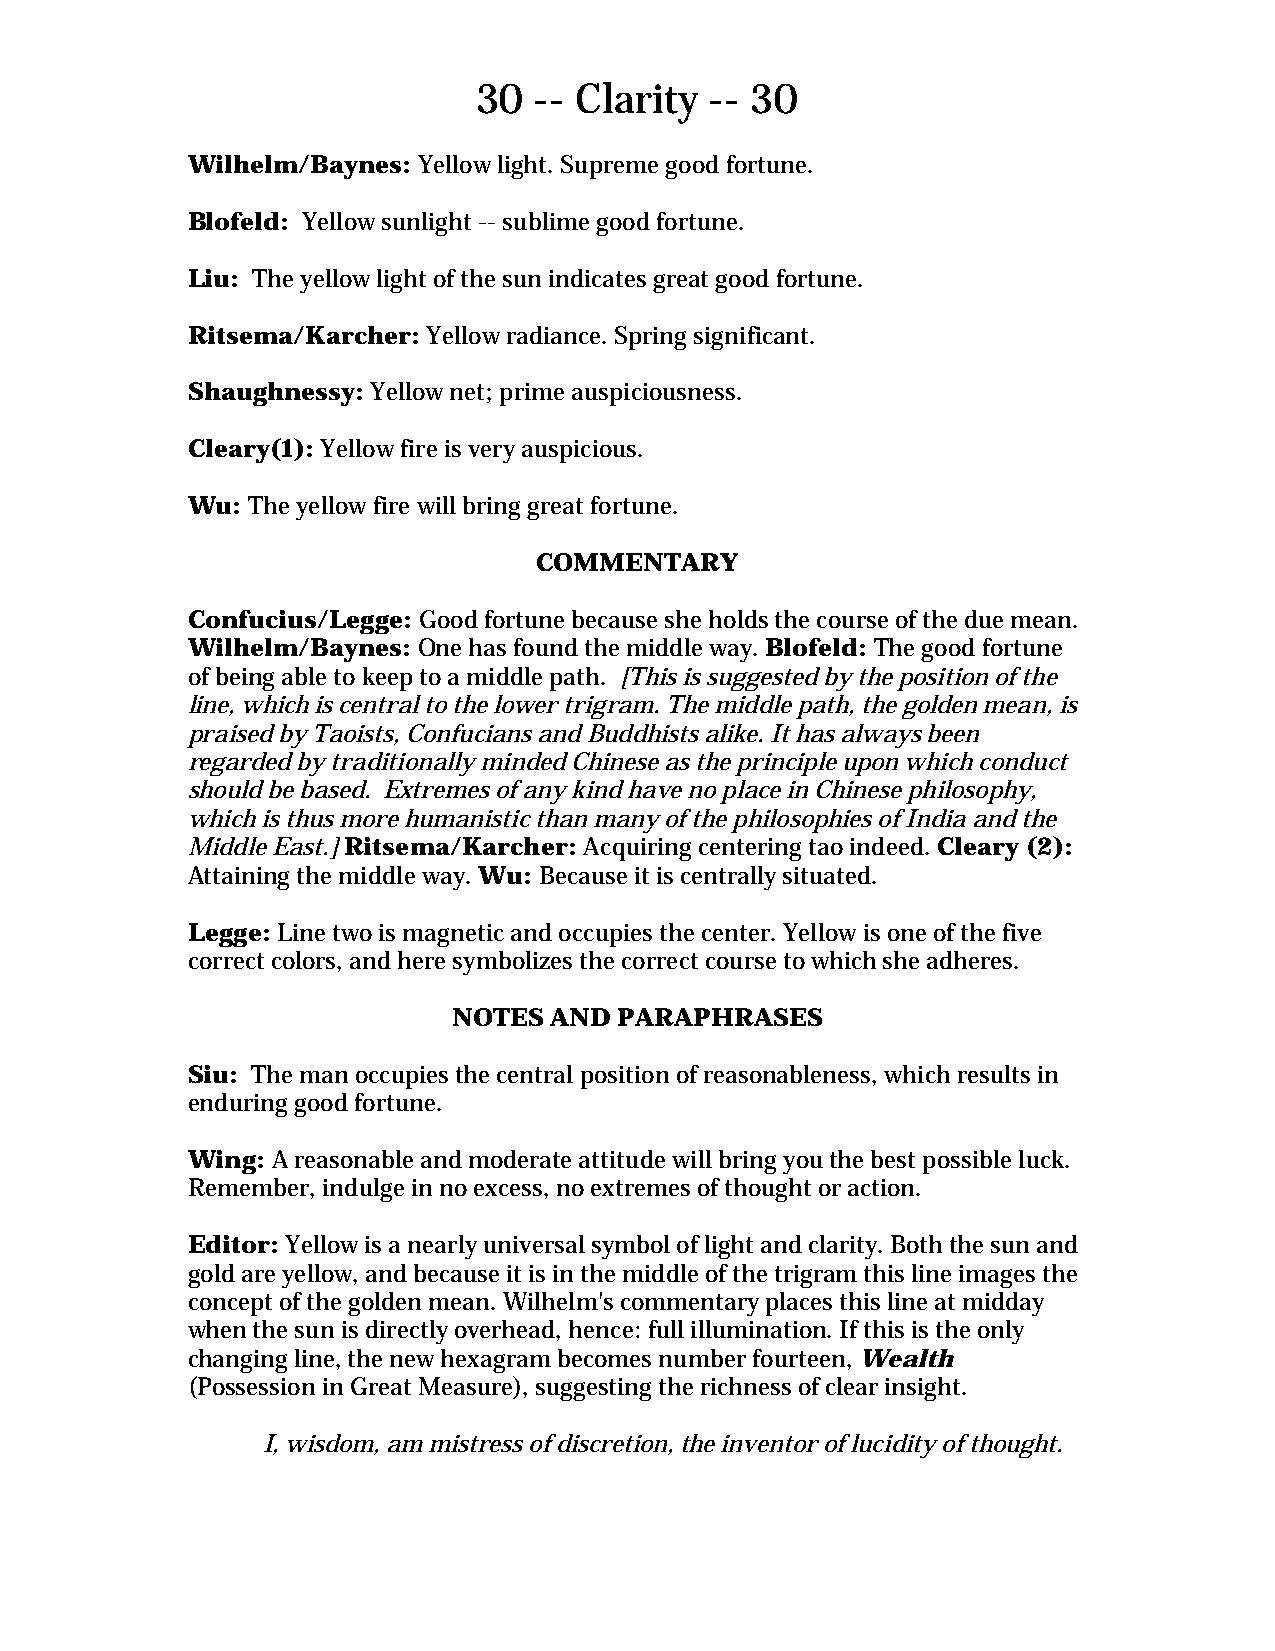
30  -- Clarity  -- 30
 Wilhelm/Baynes: Yellow light. Supreme good fortune.
 Blofeld: Yellow sunlight -- sublime good fortune.
 Liu: The yellow light of the sun indicates great good fortune.
 Ritsema/Karcher: Yellow radiance. Spring significant.
 Shaughnessy: Yellow net; prime auspiciousness.
 Cleary(1): Yellow fire is very auspicious.
 Wu: The yellow fire will bring great fortune.
 COMMENTARY
 Confucius/Legge: Good fortune because she holds the course of the due mean.
 Wilhelm/Baynes: One has found the middle way. Blofeld: The good fortune
 of being able to keep to a middle path. [This is suggested by the position of the
 line, which is central to the lower trigram. The middle path, the golden mean, is
 praised by Taoists, Confucians and Buddhists alike. It has always been
 regarded by traditionally minded Chinese as the principle upon which conduct
 should be based. Extremes of any kind have no place in Chinese philosophy,
 which is thus more humanistic than many of the philosophies of India and the
 Middle East.] Ritsema/Karcher: Acquiring centering tao indeed. Cleary (2):
 Attaining the middle way. Wu: Because it is centrally situated.
 Legge: Line two is magnetic and occupies the center. Yellow is one of the five
 correct colors, and here symbolizes the correct course to which she adheres.
 NOTES AND  PARAPHRASES
 Siu: The man occupies the central position of reasonableness, which results in
 enduring good fortune.
 Wing: A reasonable and moderate attitude will bring you the best possible luck.
 Remember, indulge in no excess, no extremes of thought or action.
 Editor: Yellow is a nearly universal symbol of light and clarity. Both the sun and
 gold are yellow, and because it is in the middle of the trigram this line images the
 concept of the golden mean. Wilhelm's commentary places this line at midday
 when the sun is directly overhead, hence: full illumination. If this is the only
 changing line, the new hexagram becomes number fourteen, Wealth
 (Possession in Great Measure), suggesting the richness of clear insight.
 I, wisdom, am mistress of discretion, the inventor of lucidity of thought.